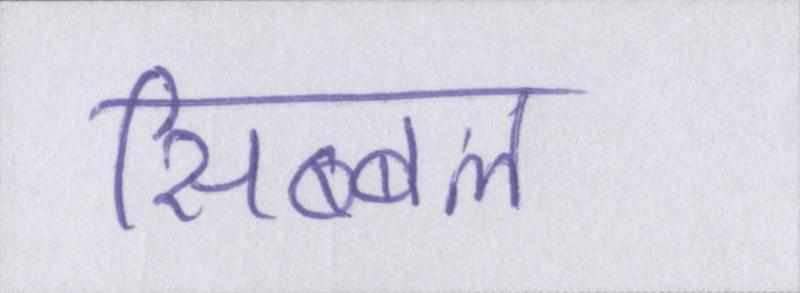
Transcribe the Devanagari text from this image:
सिब्बल